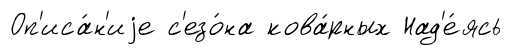
Оп'иса́н'иjе с'езо́на кова́рных Над'е́ясь